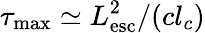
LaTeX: \tau_{\mathrm{max}}\simeq L_{\mathrm{esc}}^{2}/(cl_{c})